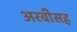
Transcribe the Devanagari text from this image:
अरबीसह